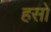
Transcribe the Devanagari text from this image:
हसों